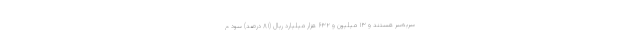
سربه‌سر هستند و ۱۳ میلیون و ۶۳۲ هزار میلیارد ریال (۸۱ درصد) سود م